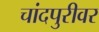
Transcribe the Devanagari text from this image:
चांदपुरीवर